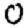
Digit: 0